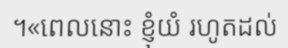
។«ពេលនោះ ខ្ញុំយំ រហូតដល់